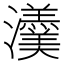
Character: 𤄾